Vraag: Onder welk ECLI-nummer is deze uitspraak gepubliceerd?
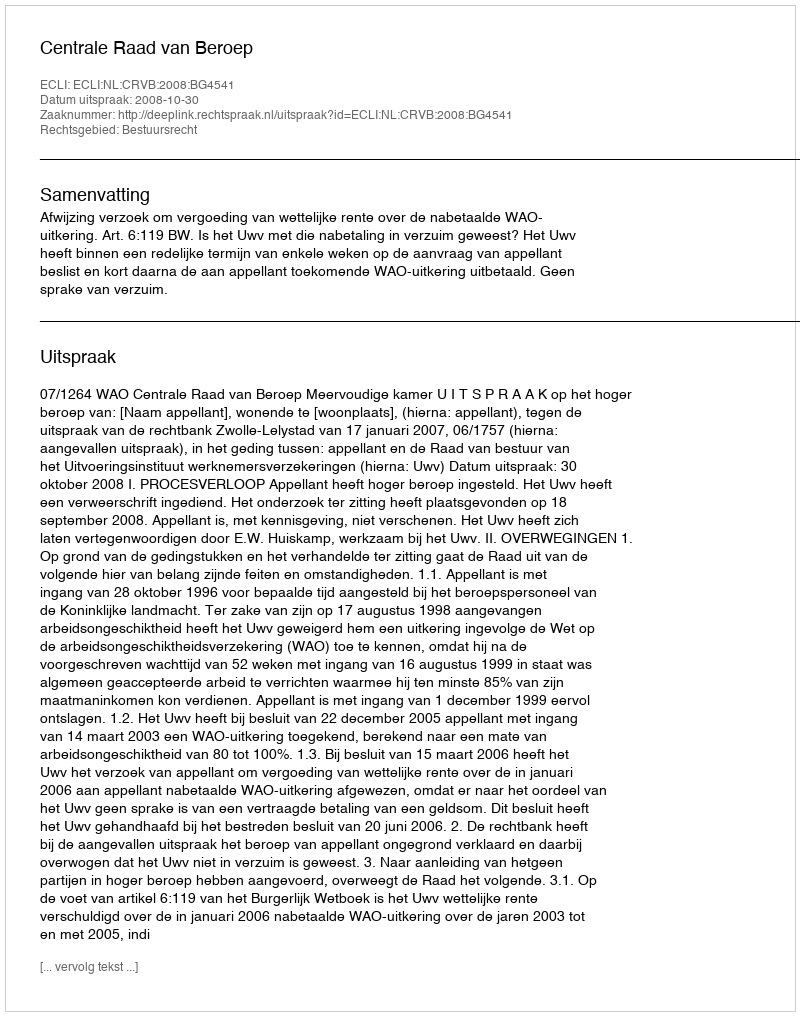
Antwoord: ECLI:NL:CRVB:2008:BG4541